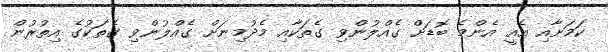
ކަމަށާއި އެއީ އެންމެ ބޮޑަށް ގެއްލުންވި ގެތަކާއި މެދުމިނަށް ގެއްލުންވި ގެތަކުގެ އިތުރުން